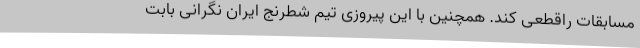
مسابقات راقطعی کند. همچنین با این پیروزی تیم شطرنج ایران نگرانی بابت